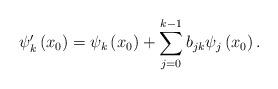
LaTeX: \begin{align*}\psi _{k}^{\prime }\left( x_{0}\right) =\psi _{k}\left( x_{0}\right) +\displaystyle\sum \limits_{j=0}^{k-1}b_{jk}\psi _{j}\left( x_{0}\right) .\end{align*}